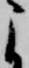
よ